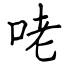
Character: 咾